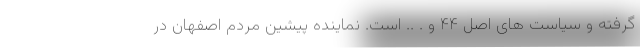
گرفته و سیاست های اصل ۴۴ و . .. است. نماینده پیشین مردم اصفهان در